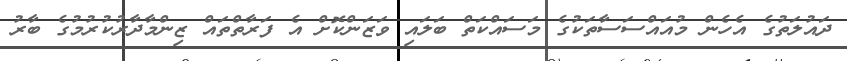
ދައުލަތުގެ އެހެން މުއައްސަސާތަކުގެ މަސައްކަތް ބަލައި ވަޒަންކޮށް އެ ފަރާތްތައް ޒިންމާދާރުކުރުމުގެ ބާރު